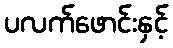
ပလက်ဖောင်းနှင့်